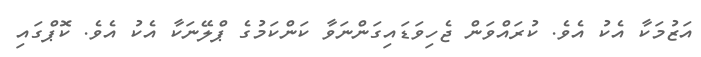
އަޒުމަކާ އެކު އެވެ. ކުރައްވަން ޖެހިވަޑައިގަންނަވާ ކަންކަމުގެ ޕްލޭނަކާ އެކު އެވެ. ކޮޕްގައި